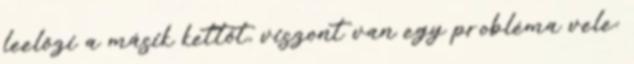
leelőzi a másik kettőt, viszont van egy probléma vele: